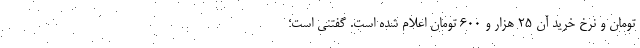
تومان و نرخ خرید آن ۲۵ هزار و ۶۰۰ تومان اعلام شده است. گفتنی است؛